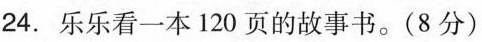
24.乐乐看一本120页的故事书。(8分)